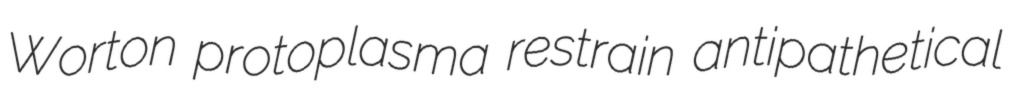
Worton protoplasma restrain antipathetical